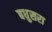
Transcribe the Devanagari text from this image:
बधुसरा